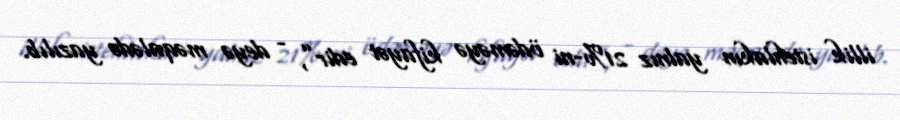
illik istehlakın yalnız 21%-ni ödəməyə kifayət edir”, - deyə məqalədə yazılıb.